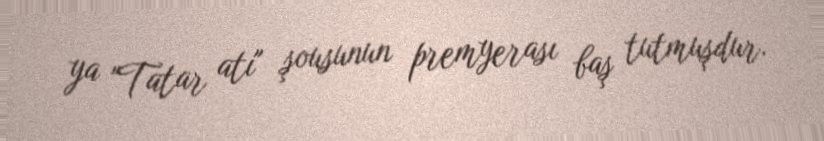
ya "Tatar atı" şousunun premyerası baş tutmuşdur.